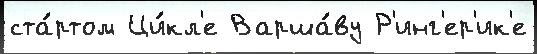
ста́ртом Ци́кл'е Варша́ву Р'инг'ер'ик'е